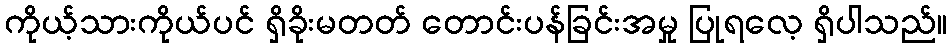
ကိုယ့်သားကိုယ်ပင် ရှိခိုးမတတ် တောင်းပန်ခြင်းအမှု ပြုရလေ့ ရှိပါသည်။